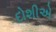
દોશીએ